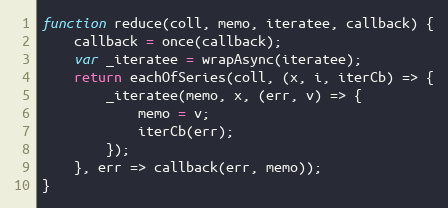
Language: JavaScript
function reduce(coll, memo, iteratee, callback) {
    callback = once(callback);
    var _iteratee = wrapAsync(iteratee);
    return eachOfSeries(coll, (x, i, iterCb) => {
        _iteratee(memo, x, (err, v) => {
            memo = v;
            iterCb(err);
        });
    }, err => callback(err, memo));
}